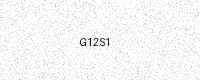
Text: G12S1